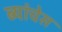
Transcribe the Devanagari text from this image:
ब्यांचेस